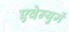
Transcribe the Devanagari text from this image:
एवेन्युमें